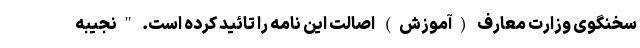
سخنگوی وزارت معارف (آموزش) اصالت این نامه را تائید کرده است. "نجیبه